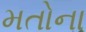
મતોના